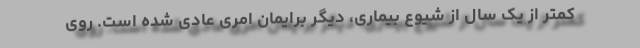
کمتر از یک سال از شیوع بیماری، دیگر برایمان امری عادی شده است. روی